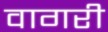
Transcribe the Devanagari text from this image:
वागरी